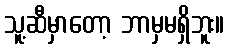
သူ့ဆီမှာတော့ ဘာမှမရှိဘူး။